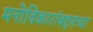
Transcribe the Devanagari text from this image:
मनोविकारांबद्दलच्या